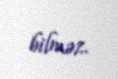
bilməz.